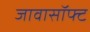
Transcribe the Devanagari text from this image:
जावासॉफ्ट